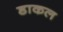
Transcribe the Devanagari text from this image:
डाकल